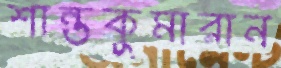
শান্তকুমারান